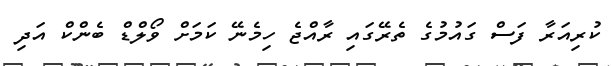
ކުރިއަރާ ފަސް ގައުމުގެ ތެރޭގައި ރާއްޖެ ހިމެނޭ ކަމަށް ވޯލްޑް ބެންކް އަދި